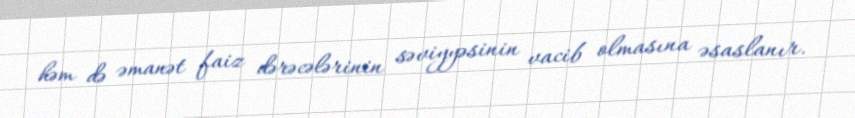
həm də əmanət faiz dərəcələrinin səviyyəsinin vacib olmasına əsaslanır.